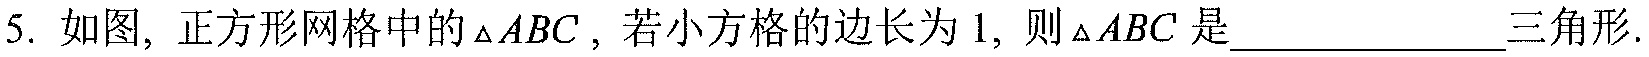
5. 如图，正方形网格中的$\triangle ABC$，若小方格的边长为$1$，则$\triangle ABC$是  三角形.